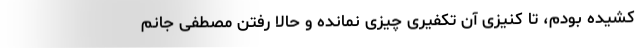
کشیده بودم، تا کنیزی آن تکفیری چیزی نمانده و حالا رفتن مصطفی جانم